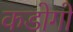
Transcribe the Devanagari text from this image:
कडोगो